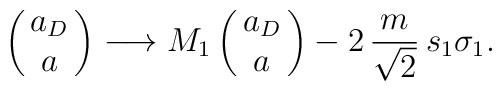
\pmatrix{a_D\cr a\cr}\longrightarrow M_1\pmatrix{a_D\cr a\cr}-2\, {m\over\sqrt{2}}\, s_1 \sigma _1 .